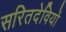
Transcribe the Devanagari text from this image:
सरितदेवियों